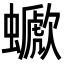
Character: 𧓗